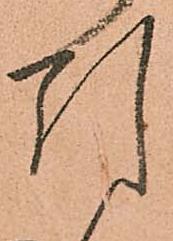
引